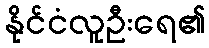
နိုင်ငံလူဦးရေ၏